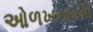
ઓળખનારનો